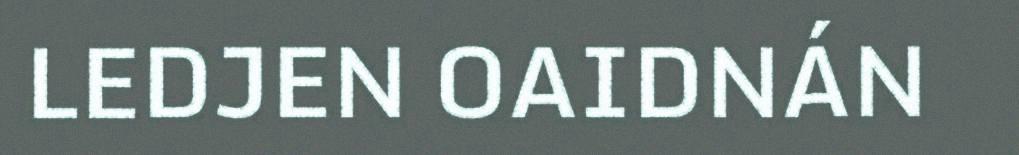
LEDJEN OAIDNÁN